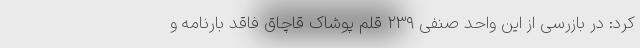
کرد: در بازرسی از این واحد صنفی ۲۳۹ قلم پوشاک قاچاق فاقد بارنامه و